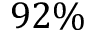
9 2 \%